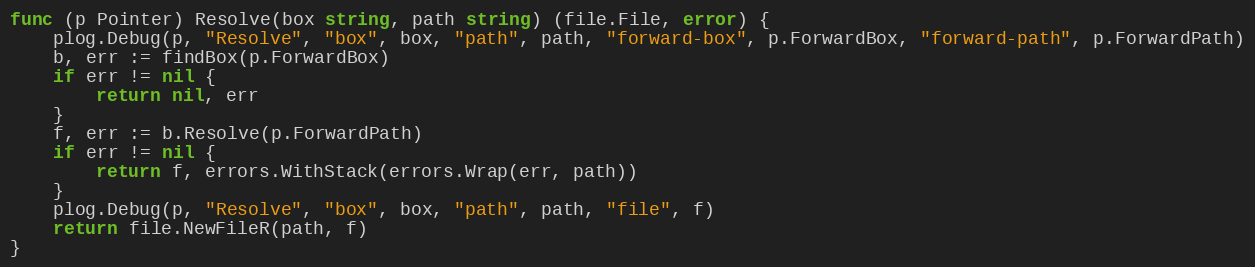
Language: Go
func (p Pointer) Resolve(box string, path string) (file.File, error) {
	plog.Debug(p, "Resolve", "box", box, "path", path, "forward-box", p.ForwardBox, "forward-path", p.ForwardPath)
	b, err := findBox(p.ForwardBox)
	if err != nil {
		return nil, err
	}
	f, err := b.Resolve(p.ForwardPath)
	if err != nil {
		return f, errors.WithStack(errors.Wrap(err, path))
	}
	plog.Debug(p, "Resolve", "box", box, "path", path, "file", f)
	return file.NewFileR(path, f)
}